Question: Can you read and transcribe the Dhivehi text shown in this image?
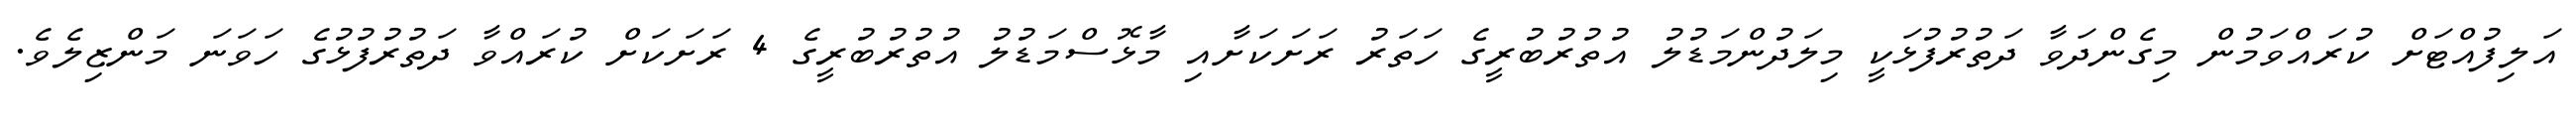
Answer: އަލިފުއްޓަށް ކުރައްވަމުން މިގެންދަވާ ދަތުރުފުޅަކީ މިލަދުންމަޑުލު އުތުރުބުރީގެ ހަތަރު ރަށަކަށާއި މާޅޮސްމަޑުލު އުތުރުބުރީގެ 4 ރަށަކަށް ކުރައްވާ ދަތުރުފުޅުގެ ހަވަނަ މަންޒިލެވެ.